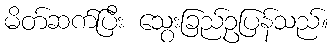
မိတ်ဆက်ပြီး သွေးခြည်ဥပြန်သည်။